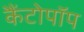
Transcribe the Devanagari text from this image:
कैंटोपॉप